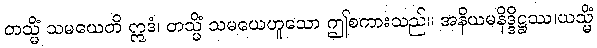
တသ္မိံ သမယေတိ ဣဒံ၊ တသ္မိံ သမယေဟူသော ဤစကားသည်။ အနိယမနိဒ္ဒိဋ္ဌဿ၊ယသ္မိံ